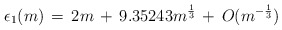
\begin{align*}\epsilon_1(m)\,=\,2m\,+\,9.35243m\sp{1\over 3}\,+\,O(m\sp{-{1\over 3}})\end{align*}